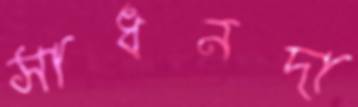
সাধনদা